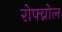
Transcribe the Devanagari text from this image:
रोफ्य्नोल